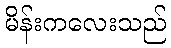
မိန်းကလေးသည်